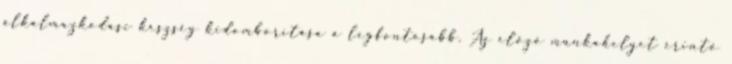
alkalmazkodási készség kidomborítása a legfontosabb. Az előző munkahelyet érintő